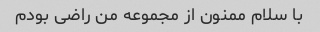
با سلام ممنون از مجموعه من راضی بودم